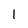
Character: 1